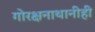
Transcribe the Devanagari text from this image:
गोरक्षनाथानीही